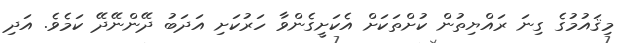
މިޤައުމުގެ ގިނަ ރައްޔިތުން ކުށްތަކަށް އެކަށީގެންވާ ހަރުކަށި އަދަބު ދޭންނޭދޭ ކަމެވެ. އަދި